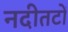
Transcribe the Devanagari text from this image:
नदीतटों